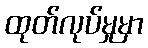
ထုတ်လုပ်မှုမှာ